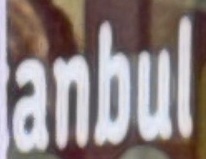
anbul